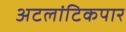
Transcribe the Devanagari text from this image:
अटलांटिकपार